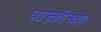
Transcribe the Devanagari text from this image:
पोळीच्या